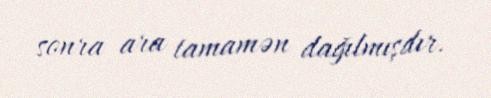
sonra ara tamamən dağılmışdır.